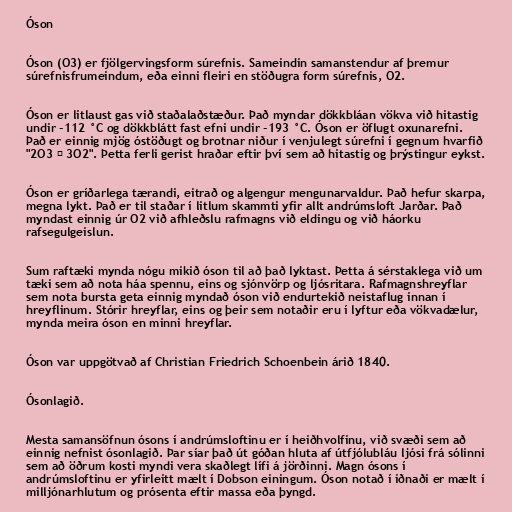
Óson

Óson (O3) er fjölgervingsform súrefnis. Sameindin samanstendur af þremur
súrefnisfrumeindum, eða einni fleiri en stöðugra form súrefnis, O2.

Óson er litlaust gas við staðalaðstæður. Það myndar dökkbláan vökva við hitastig
undir -112 °C og dökkblátt fast efni undir -193 °C. Óson er öflugt oxunarefni.
Það er einnig mjög óstöðugt og brotnar niður í venjulegt súrefni í gegnum hvarfið
"2O3 → 3O2". Þetta ferli gerist hraðar eftir því sem að hitastig og þrýstingur eykst.

Óson er gríðarlega tærandi, eitrað og algengur mengunarvaldur. Það hefur skarpa,
megna lykt. Það er til staðar í litlum skammti yfir allt andrúmsloft Jarðar. Það
myndast einnig úr O2 við afhleðslu rafmagns við eldingu og við háorku
rafsegulgeislun.

Sum raftæki mynda nógu mikið óson til að það lyktast. Þetta á sérstaklega við um
tæki sem að nota háa spennu, eins og sjónvörp og ljósritara. Rafmagnshreyflar
sem nota bursta geta einnig myndað óson við endurtekið neistaflug innan í
hreyflinum. Stórir hreyflar, eins og þeir sem notaðir eru í lyftur eða vökvadælur,
mynda meira óson en minni hreyflar.

Óson var uppgötvað af Christian Friedrich Schoenbein árið 1840.

Ósonlagið.

Mesta samansöfnun ósons í andrúmsloftinu er í heiðhvolfinu, við svæði sem að
einnig nefnist ósonlagið. Þar síar það út góðan hluta af útfjólubláu ljósi frá sólinni
sem að öðrum kosti myndi vera skaðlegt lífi á jörðinni. Magn ósons í
andrúmsloftinu er yfirleitt mælt í Dobson einingum. Óson notað í iðnaði er mælt í
milljónarhlutum og prósenta eftir massa eða þyngd.